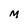
Character: M